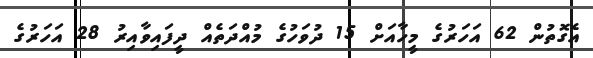
އެގޮތުން 62 އަހަރުގެ މީހާއަށް 15 ދުވަހުގެ މުއްދަތެއް ދީފައިވާއިރު 28 އަހަރުގެ